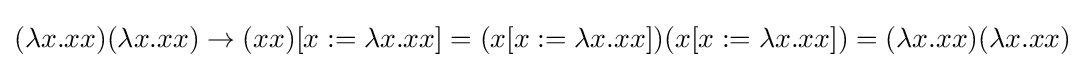
(\lambda x.xx)(\lambda x.xx)\to (xx)[x:=\lambda x.xx]=(x[x:=\lambda x.xx])(x[x:=\lambda x.xx])=(\lambda x.xx)(\lambda x.xx)